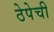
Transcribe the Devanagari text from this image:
ठेपेची